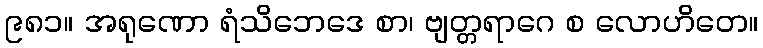
၉၈၁။ အရုဏော ရံသိဘေဒေ စာ၊ ဗျတ္တရာဂေ စ လောဟိတေ။